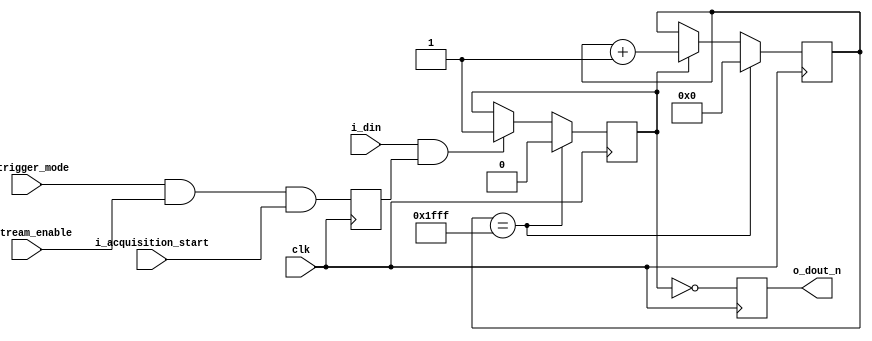
//-------------------------------------------------------------------------------------------------
//  --    : , 2010 -2015.
//  --      .
//  --          : FPGA
//  --        : trigger_extend
//  --        : 
//-------------------------------------------------------------------------------------------------
//
//  --  :
//
//  --          :| 				:|  
//-------------------------------------------------------------------------------------------------
//  --        :| 2014/12/2 17:20:57	:|  
//-------------------------------------------------------------------------------------------------
//
//  --      :Sensortrigger18192
//              1)  : 1
//
//              2)  : 8192
//
//              3)  : ... ...
//
//-------------------------------------------------------------------------------------------------
///
`timescale 1ns/1ps
//-------------------------------------------------------------------------------------------------

module trigger_extend (
	input			clk					,	//
	//
	input			i_trigger_mode		,	//0-1-
	input			i_stream_enable		,	//
	input			i_acquisition_start	,	//0-1-
	//
	input			i_din				,	//
	output			o_dout_n				//
	);

	//	ref signals
	parameter				EXTEND_LENGTH	= 8192;	//
	reg						enable			= 1'b0;
	reg						extending		= 1'b0;
	reg		[12:0]			extend_cnt		= 13'b0;
	reg						dout_reg		= 1'b1;
	

	//	ref ARCHITECTURE

	//  -------------------------------------------------------------------------------------
	//	io1
	//	1.1
	//	2.100
	//  -------------------------------------------------------------------------------------
	always @ (posedge clk) begin
		enable	<= i_trigger_mode&i_stream_enable&i_acquisition_start;
	end

	//  -------------------------------------------------------------------------------------
	//	
	//	1.0
	//	2.11
	//	3.
	//  -------------------------------------------------------------------------------------
	always @ (posedge clk) begin
		if(extend_cnt==EXTEND_LENGTH-1) begin
			extending	<= 1'b0;
		end
		else if(i_din==1'b1 && enable==1'b1) begin
			extending	<= 1'b1;
		end
	end

	//  -------------------------------------------------------------------------------------
	//	
	//	1.
	//	2.=1+1
	//  -------------------------------------------------------------------------------------
	always @ (posedge clk) begin
		if(extend_cnt==EXTEND_LENGTH-1) begin
			extend_cnt	<= 13'b0;
		end
		else if(extending) begin
			extend_cnt	<= extend_cnt + 1'b1;
		end
	end

	//  -------------------------------------------------------------------------------------
	//	
	//  -------------------------------------------------------------------------------------
	always @ (posedge clk) begin
		dout_reg	<= !extending;
	end
	assign	o_dout_n	= dout_reg;


endmodule